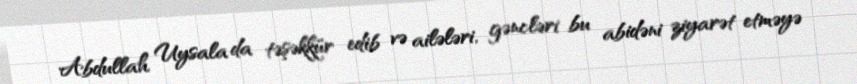
Abdullah Uysala da təşəkkür edib və ailələri, gəncləri bu abidəni ziyarət etməyə